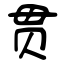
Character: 贯